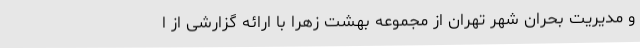
و مدیریت بحران شهر تهران از مجموعه بهشت زهرا با ارائه گزارشی از ا